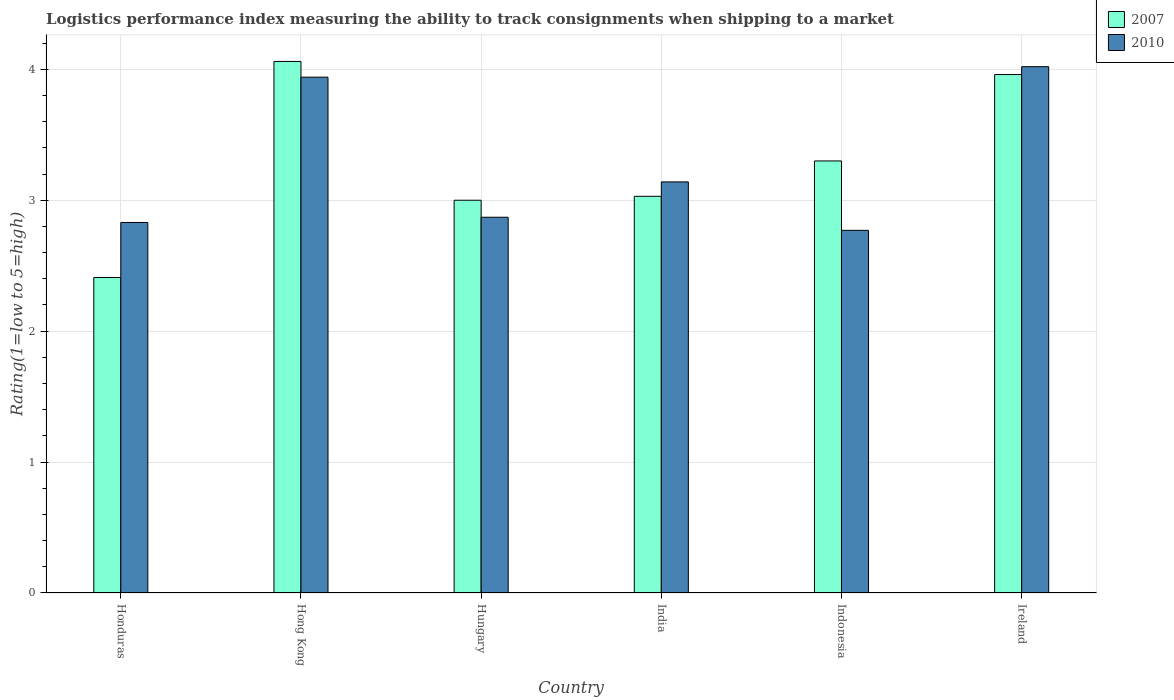
| Country | 2007 | 2010 |
 | --- | --- | --- |
 | Honduras | 2.41 | 2.83 |
 | Hong Kong | 4.06 | 3.94 |
 | Hungary | 3 | 2.87 |
 | India | 3.03 | 3.14 |
 | Indonesia | 3.3 | 2.77 |
 | Ireland | 3.96 | 4.02 |